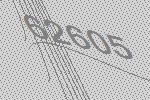
62605